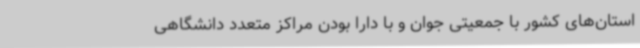
استان‌های کشور با جمعیتی جوان و با دارا بودن مراکز متعدد دانشگاهی